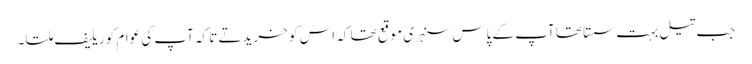
جب تیل بہت سستا تھا آپ کے پاس سنہری موقع تھا کہ اس کو خریدتے تا کہ آپ کی عوام کو ریلیف ملتا ۔